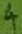
Text: 4